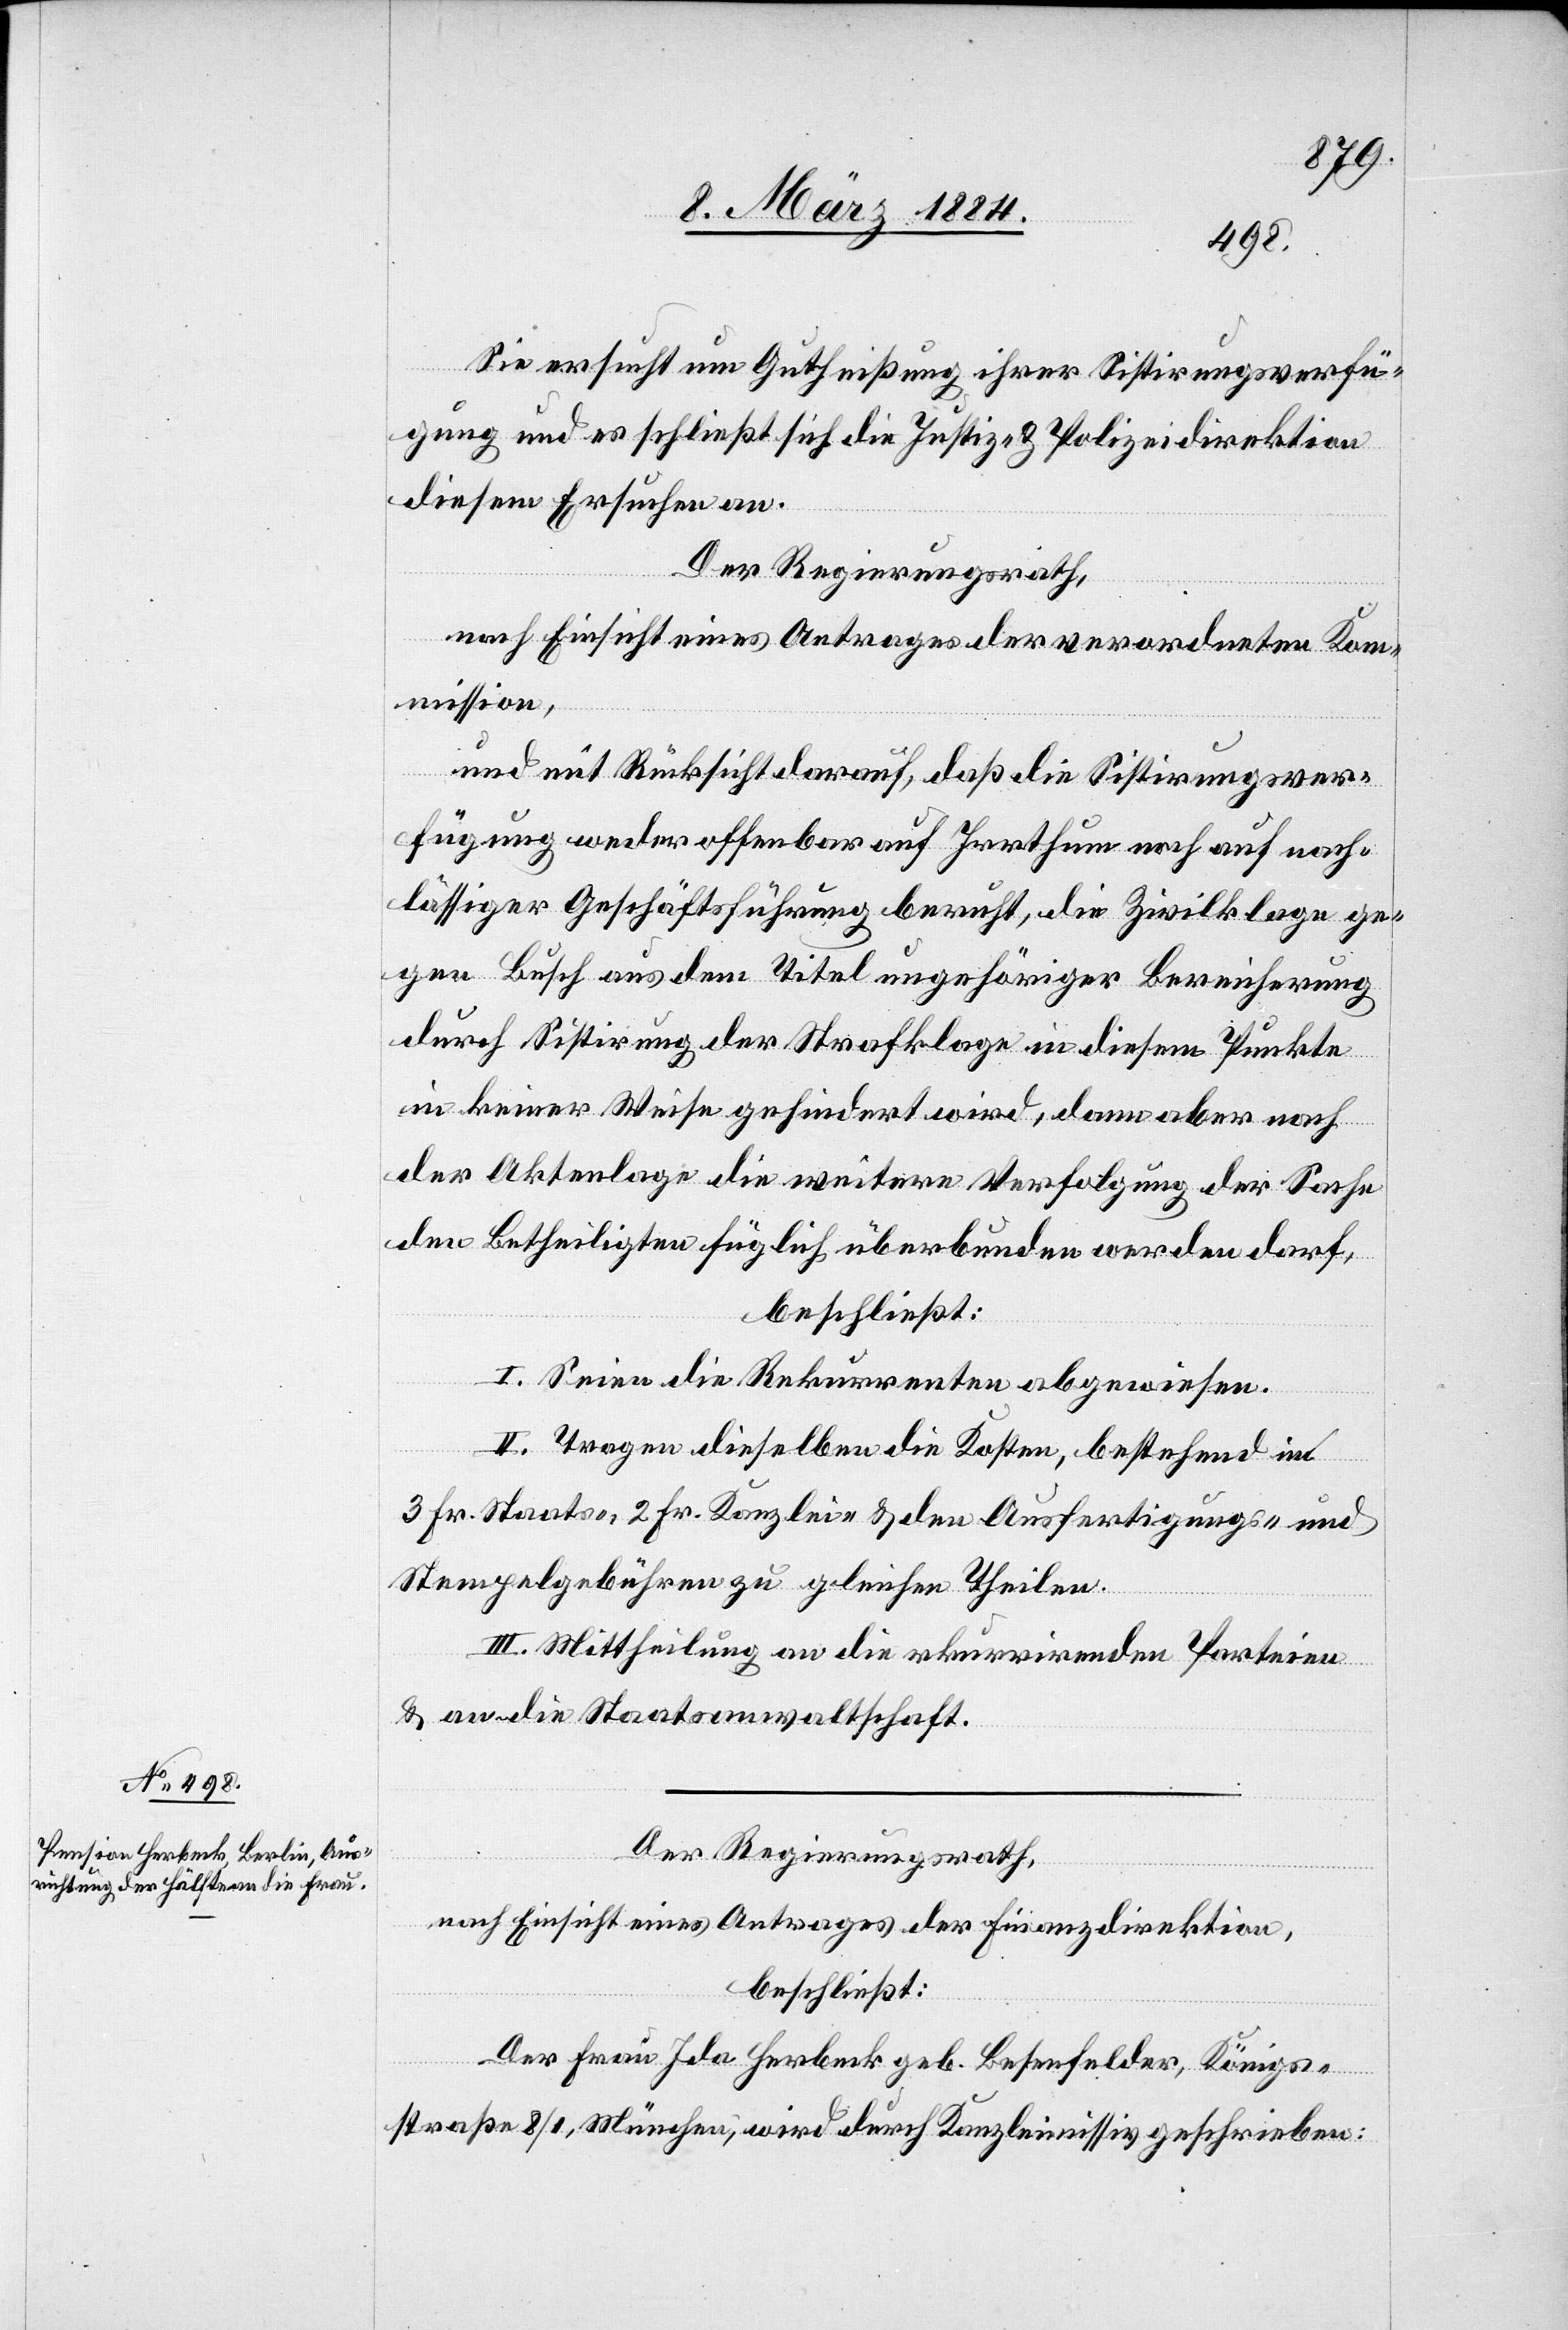
Sie ersucht um Gutheißung ihrer Sistierungsverfü¬
gung und es schließt sich die Justiz- & Polizeidirektion
diesem Ersuchen an.
Der Regierungsrath,
nach Einsicht eines Antrages der verordneten Kom¬
mission,
und mit Rücksicht darauf, daß die Sistierungsver¬
fügung weder offenbar auf Irrthum noch auf nach¬
lässiger Geschäftsführung beruht, die Zivilklage ge¬
gen Busch aus dem Titel ungehöriger Bereicherung
durch Sistirung der Strafklage in diesem Punkte
in keiner Weise gehindert wird, dann aber nach
die Aktenlage die weitere Verfolgung der Sache
den Betheiligten füglich überbunden werden darf,
beschließt:
I. Seien die Rekurrenten abgewiesen.
II. Tragen dieselben die Kosten, bestehend in
3 Fr. Staats-, 2 Fr. Kanzlei- & den Ausfertigungs- und
Stempelgebühren zu gleichen Theilen.
III. Mittheilung an die rekurrirenden Parteien
& an die Staatanwaltschaft.
Der Regierungsrath,
nach Einsicht eines Antrages der Finanzdirektion,
beschließt:
Der Frau Ida Herbeck geb. Besenfelder, Königs¬
straße 8/1, München, wird durch Kanzleimissiv geschrieben: